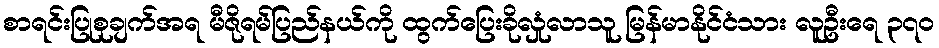
စာရင်းပြုစုချက်အရ မီဇိုရမ်ပြည်နယ်ကို ထွက်ပြေးခိုလှုံလာသူ မြန်မာနိုင်ငံသား လူဦးရေ ၃၇၀